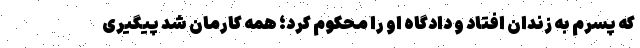
که پسرم به زندان افتاد و دادگاه او را محکوم کرد؛ همه کارمان شد پیگیری